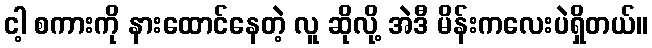
ငါ့ စကားကို နားထောင်နေတဲ့ လူ ဆိုလို့ အဲဒီ မိန်းကလေးပဲရှိတယ်။